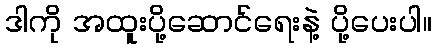
ဒါကို အထူးပို့ဆောင်ရေးနဲ့ ပို့ပေးပါ။